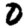
Digit: 0